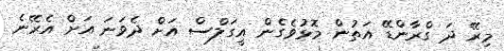
މިރޭ ދަ ގްރާންޑޭ އަތުން މޮޅުވެގެން އީގަލްސް އަށް ދެވަނަ އަށް އެރޭނެ